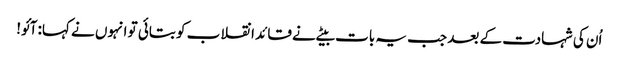
اُن کی شہادت کے بعد جب یہ بات بیٹے نے قائد انقلاب کو بتائی تو انہوں نے کہا: آئو!